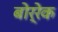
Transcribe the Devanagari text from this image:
बोर्रेक